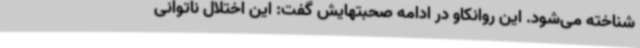
شناخته می‌شود. این روانکاو در ادامه صحبتهایش گفت: این اختلال ناتوانی